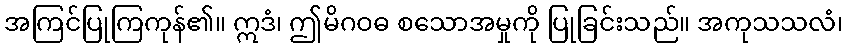
အကြင်ပြုကြကုန်၏။ ဣဒံ၊ ဤမိဂဝဓ စသောအမှုကို ပြုခြင်းသည်။ အကုသသလံ၊